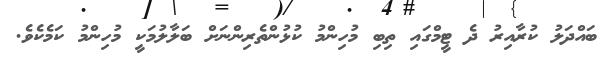
ބައްދަލު ކުރާއިރު ދެ ޓީމްގައި ތިބި މުހިންމު ކުޅުންތެރިންނަށް ބަލާލުމަކީ މުހިންމު ކަމެކެވެ.